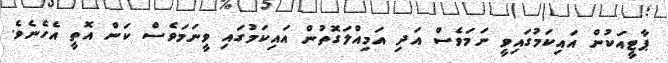
ޕާޓީއަކުން އައިކަމުގައިވީ ނަމަވެސް އަދި އަމިއްލަގޮތުން އައިކަމުގައި ވީނަމަވެސް ކަން އޮތީ އެހެނެވެ.